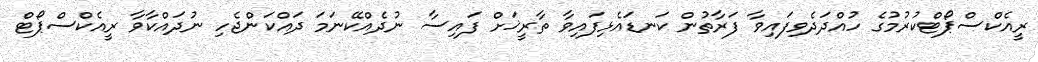
ރީއެކްސްޕޯޓްކުރުމުގެ ހުއްދަދެވިފައިވާ ފަރާތުން ކަނޑައެޅިފައިވާ ތާރީޚަށް ފައިސާ ނުދެއްކޭނަމަ ދައްކަންޖެހި ނުދައްކާވާ ރީއެކްސްޕޯޓް